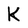
Character: K